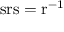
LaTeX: \mathrm { s r s } = \mathrm { r } ^ { - 1 }